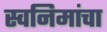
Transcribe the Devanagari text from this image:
स्वनिमांचा